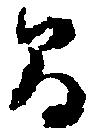
間